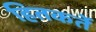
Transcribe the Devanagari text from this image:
हितकर्ते